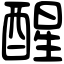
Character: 醒